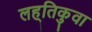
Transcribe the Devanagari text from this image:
लह्तिकुवा